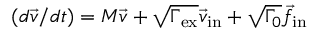
( d \vec { v } / d t ) = M \vec { v } + \sqrt { \Gamma _ { \mathrm { e x } } } \vec { v } _ { \mathrm { i n } } + \sqrt { \Gamma _ { 0 } } \vec { f } _ { \mathrm { i n } }